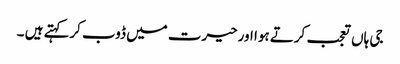
جی ہاں تعجب کرتے ہوا اورحیرت میں ڈوب کرکہتے ہیں ۔